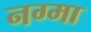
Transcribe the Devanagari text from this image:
नग्मा